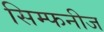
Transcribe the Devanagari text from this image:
सिम्फनीज